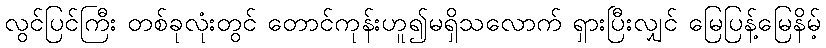
လွင်ပြင်ကြီး တစ်ခုလုံးတွင် တောင်ကုန်းဟူ၍မရှိသလောက် ရှားပြီးလျှင် မြေပြန့်မြေနိမ့်